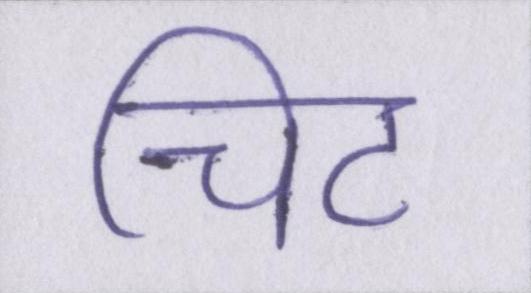
चिट